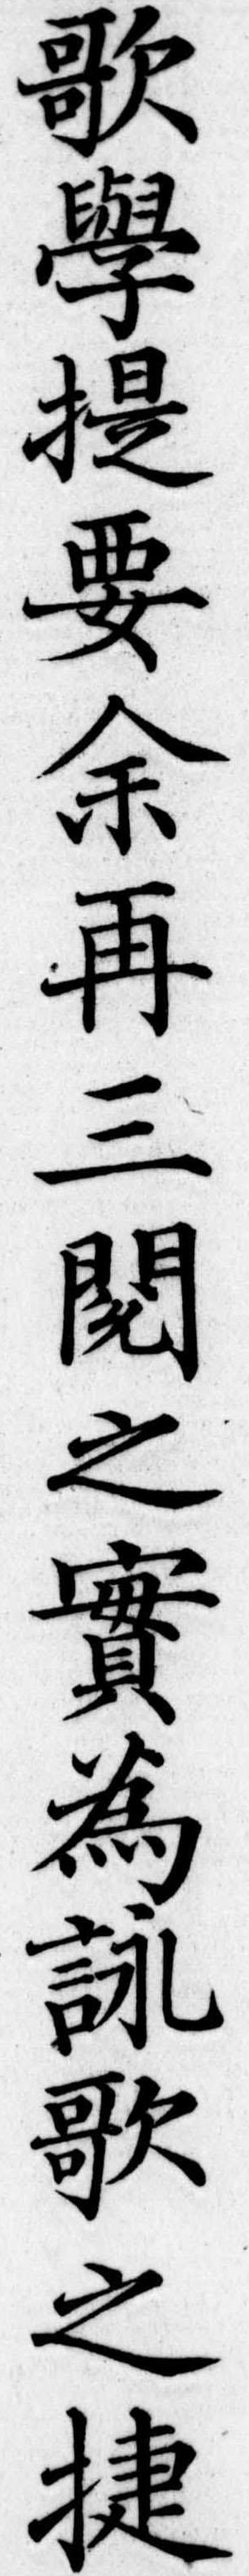
歌学提要余再三閲之実為詠歌之捷